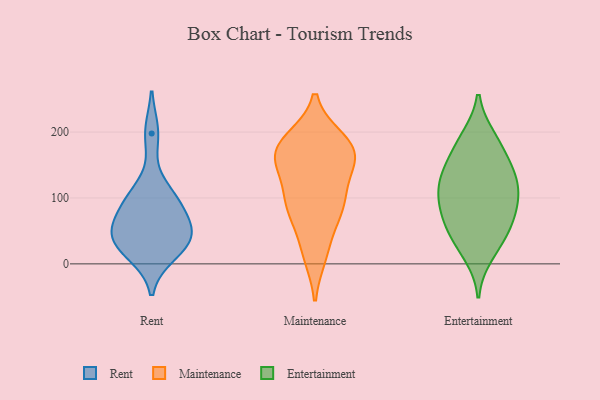
{"axis": {"x": "Energy Usage (MWh)", "y": "Value"}, "legend": ["Entertainment", "Maintenance", "Rent"], "data": [{"x": "", "y": 16, "type": "Rent"}, {"x": "", "y": 89, "type": "Rent"}, {"x": "", "y": 198, "type": "Rent"}, {"x": "", "y": 53, "type": "Rent"}, {"x": "", "y": 98, "type": "Rent"}, {"x": "", "y": 104, "type": "Rent"}, {"x": "", "y": 28, "type": "Rent"}, {"x": "", "y": 34, "type": "Rent"}, {"x": "", "y": 47, "type": "Rent"}, {"x": "", "y": 51, "type": "Rent"}, {"x": "", "y": 22, "type": "Maintenance"}, {"x": "", "y": 187, "type": "Maintenance"}, {"x": "", "y": 173, "type": "Maintenance"}, {"x": "", "y": 146, "type": "Maintenance"}, {"x": "", "y": 173, "type": "Maintenance"}, {"x": "", "y": 158, "type": "Maintenance"}, {"x": "", "y": 84, "type": "Maintenance"}, {"x": "", "y": 88, "type": "Maintenance"}, {"x": "", "y": 157, "type": "Maintenance"}, {"x": "", "y": 172, "type": "Maintenance"}, {"x": "", "y": 112, "type": "Maintenance"}, {"x": "", "y": 86, "type": "Maintenance"}, {"x": "", "y": 84, "type": "Maintenance"}, {"x": "", "y": 15, "type": "Maintenance"}, {"x": "", "y": 184, "type": "Maintenance"}, {"x": "", "y": 82, "type": "Entertainment"}, {"x": "", "y": 67, "type": "Entertainment"}, {"x": "", "y": 63, "type": "Entertainment"}, {"x": "", "y": 133, "type": "Entertainment"}, {"x": "", "y": 119, "type": "Entertainment"}, {"x": "", "y": 35, "type": "Entertainment"}, {"x": "", "y": 127, "type": "Entertainment"}, {"x": "", "y": 152, "type": "Entertainment"}, {"x": "", "y": 14, "type": "Entertainment"}, {"x": "", "y": 101, "type": "Entertainment"}, {"x": "", "y": 87, "type": "Entertainment"}, {"x": "", "y": 191, "type": "Entertainment"}, {"x": "", "y": 119, "type": "Entertainment"}, {"x": "", "y": 42, "type": "Entertainment"}, {"x": "", "y": 189, "type": "Entertainment"}, {"x": "", "y": 164, "type": "Entertainment"}]}